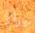
براز